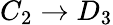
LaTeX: C_{2}\to D_{3}